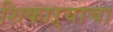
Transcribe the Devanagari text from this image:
शिकाऱ्याचा